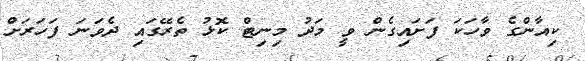
ކިއާންގެ ވާހަކަ ފަށައިގެން ވީ މަދު މިނިޓް ކޮޅު ތެރޭގައި ދެވަނަ ފަހަރަށް